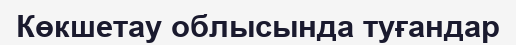
Көкшетау облысында туғандар